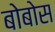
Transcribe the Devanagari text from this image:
बोबोस